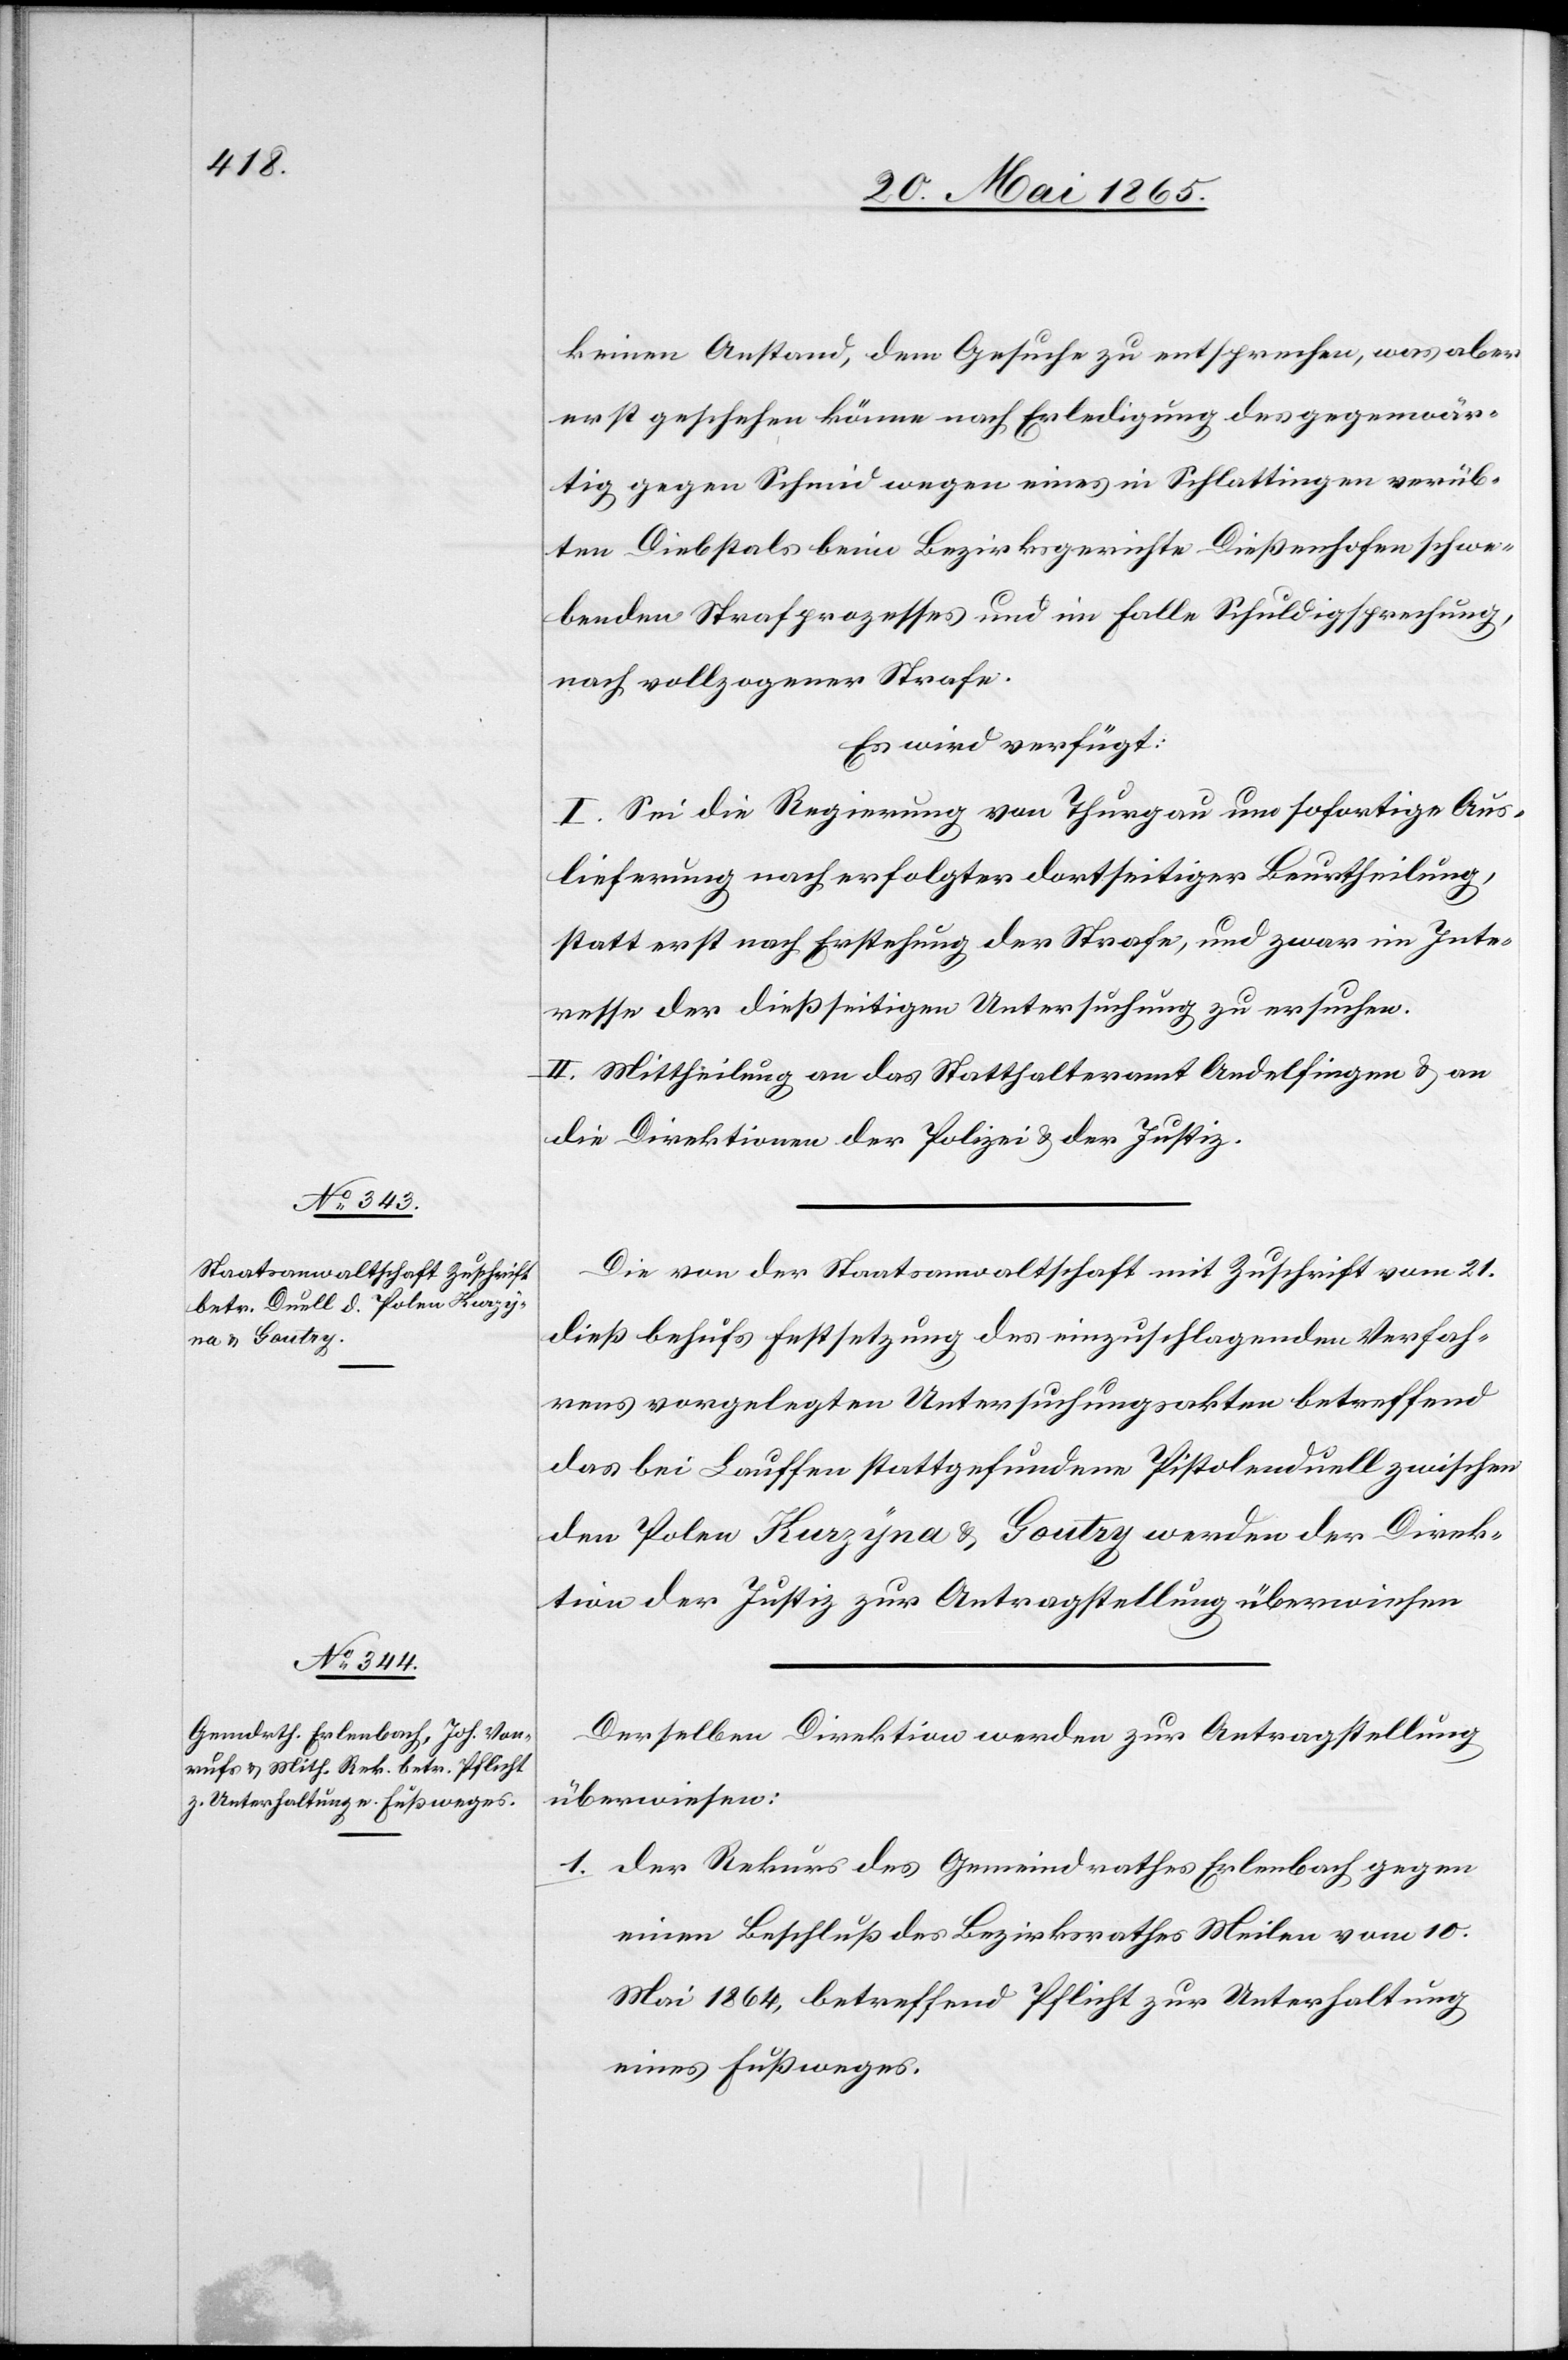
22. Mai 1865.]
keinen Anstand, dem Gesuche zu entsprechen, was aber
erst geschehen könne nach Erledigung des gegenwär¬
tig gegen Schmid wegen eines in Schlattingen verüb¬
ten Diebstals beim Bezirksgerichte Dießenhofen schwe¬
benden Strafprozesses und im Falle Schuldigsprechung,
nach vollzogener Strafe.
Es wird verfügt:
I. Sei die Regierung von Thurgau um sofortige Aus¬
lieferung nach erfolgter dortseitiger Beurtheilung,
statt erst nach Erstehung der Strafe, und zwar im Inte¬
resse der dießseitigen Untersuchung zu ersuchen.
II. Mittheilung an das Statthalteramt Andelfingen & an
die Direktion der Polizei & der Justiz.
Die von der Staatsanwaltschaft mit Zuschrift vom 21.
dieß behufs Festsetzung des einzuschlagenden Verfah¬
rens vorgelegten Untersuchungsakten betreffend
das bei Lauffen stattgefundene Pistolenduell zwischen
den Polen Kurzyna & Goutry werden der Direk¬
tion der Justiz zur Antragstellung überwiesen.
Derselben Direktion werden zur Antragstellung
überwiesen:
1. Der Rekurs des Gemeindrathes Erlenbach gegen
einen Beschluß des Bezirksrathes Meilen vom 10.
Mai 1864, betreffend Pflicht zur Unterhaltung
eines Fußweges.